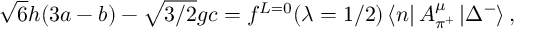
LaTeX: \sqrt { 6 } h ( 3 a - b ) - \sqrt { 3 / 2 } g c = f ^ { L = 0 } ( \lambda = 1 / 2 ) \left\langle { n } \right| A _ { \pi ^ { + } } ^ { \mu } \left| { \Delta } ^ { - } \right\rangle ,